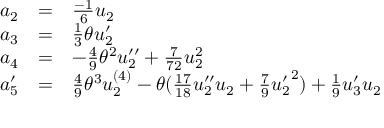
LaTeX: \begin{array} { l c l } { { a _ { 2 } } } & { { = } } & { { \frac { - 1 } { 6 } u _ { 2 } } } \\ { { a _ { 3 } } } & { { = } } & { { \frac { 1 } { 3 } \theta u _ { 2 } ^ { \prime } } } \\ { { a _ { 4 } } } & { { = } } & { { - \frac { 4 } { 9 } { \theta } ^ { 2 } u _ { 2 } ^ { \prime \prime } + \frac { 7 } { 7 2 } u _ { 2 } ^ { 2 } } } \\ { { a _ { 5 } ^ { \prime } } } & { { = } } & { { \frac { 4 } { 9 } { \theta } ^ { 3 } u _ { 2 } ^ { ( 4 ) } - \theta ( \frac { 1 7 } { 1 8 } u _ { 2 } ^ { \prime \prime } u _ { 2 } + \frac { 7 } { 9 } { u _ { 2 } ^ { \prime } } ^ { 2 } ) + \frac { 1 } { 9 } u _ { 3 } ^ { \prime } u _ { 2 } } } \end{array}